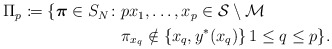
\begin{align*}\begin{aligned}\Pi_p \coloneqq \{\boldsymbol{\pi}\in S_N\colon &px_1,\ldots,x_p\in\mathcal{S}\setminus\mathcal{M} \\& \pi_{x_q}\notin\left\{x_q,y^*(x_q)\right\}1\leq q\leq p\}.\end{aligned}\end{align*}